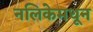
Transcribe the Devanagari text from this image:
नलिकेमधून